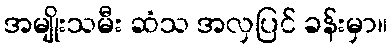
အမျိုးသမီး ဆံသ အလှပြင် ခန်းမှာ။